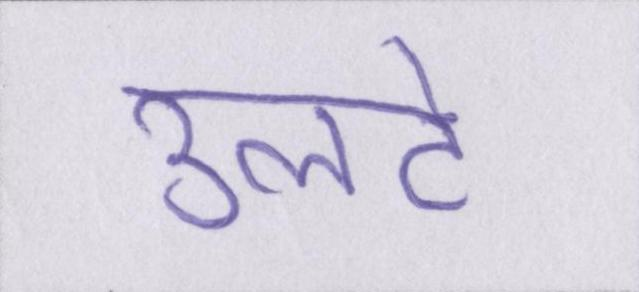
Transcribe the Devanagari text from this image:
उलटे